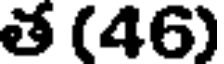
త (46)